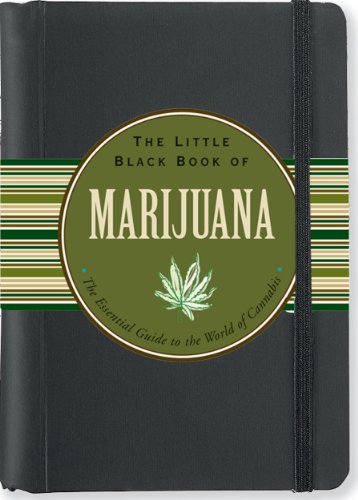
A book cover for The Little Black Book of Marijuana: The Essential Guide to the World of Cannabis (Little Black Books (Peter Pauper Hardcover)); Steve Elliott; Medical Books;